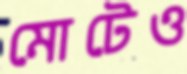
মোটেও